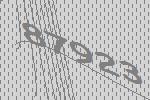
87923